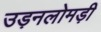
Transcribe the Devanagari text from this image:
उड़नलोमड़ी